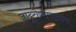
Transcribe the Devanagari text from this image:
जादूटोण्यासारख्या